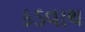
કડવાથ